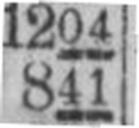
841